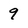
Character: 9